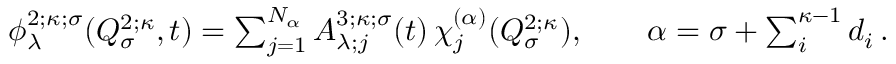
\begin{array} { r } { \phi _ { \lambda } ^ { 2 ; \kappa ; \sigma } ( Q _ { \sigma } ^ { 2 ; \kappa } , t ) = \sum _ { j = 1 } ^ { N _ { \alpha } } A _ { \lambda ; j } ^ { 3 ; \kappa ; \sigma } ( t ) \, \chi _ { j } ^ { ( \alpha ) } ( Q _ { \sigma } ^ { 2 ; \kappa } ) , \quad \quad \alpha = \sigma + \sum _ { i } ^ { \kappa - 1 } d _ { i } \, . } \end{array}